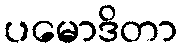
ပမောဒိတာ